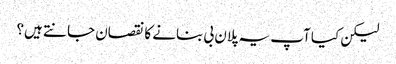
لیکن کیا آپ یہ پلان بی بنانے کا نقصان جانتے ہیں؟